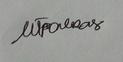
Signature authenticity: genuine